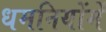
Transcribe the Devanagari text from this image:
धमनियोंमें